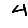
Digit: 4